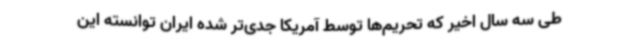
طی سه سال اخیر که تحریم‌ها توسط آمریکا جدی‌تر شده ایران توانسته این